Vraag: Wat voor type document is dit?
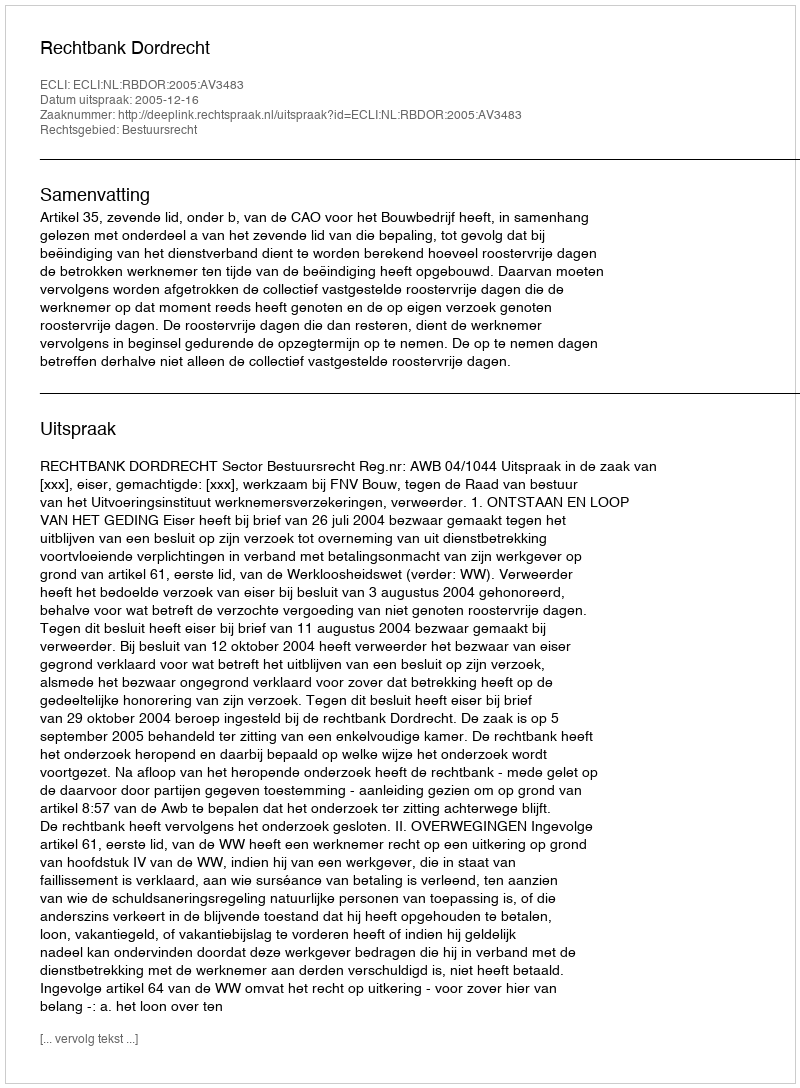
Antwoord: Uitspraak